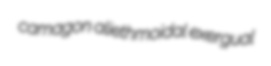
camagon aliethmoidal exergual